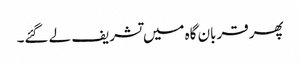
پھر قربان گاہ میں تشریف لے گئے۔